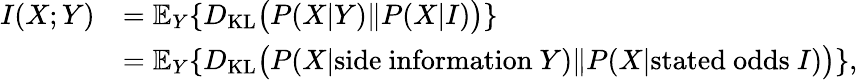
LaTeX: {\begin{array}{rl}{I(X;Y)}&{=\mathbb{E}_{Y}\{ D_{\mathrm{KL}}{\big(}P(X|Y)\| P(X|I){\big)}\} }\\ &{=\mathbb{E}_{Y}\{ D_{\mathrm{KL}}{\big(}P(X|{\textrm{side}}\ {\textrm{information}}\ Y)\| P(X|{\textrm{stated}}\ {\textrm{odds}}\ I){\big)}\} ,}\end{array}}